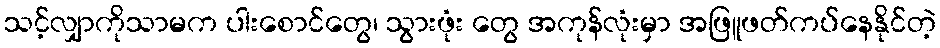
သင့်လျှာကိုသာမက ပါးစောင်တွေ၊ သွားဖုံး တွေ အကုန်လုံးမှာ အဖြူဖတ်ကပ်နေနိုင်တဲ့